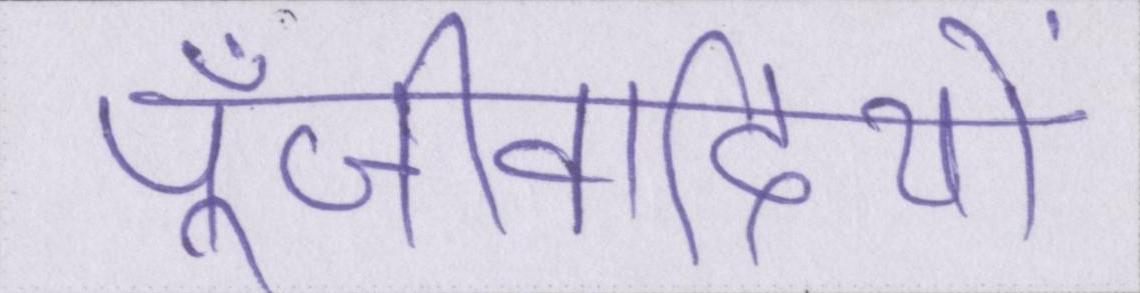
पूँजीवादियों